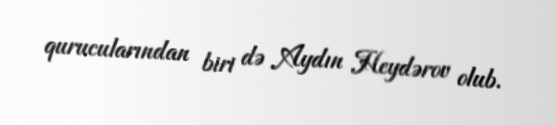
qurucularından biri də Aydın Heydərov olub.